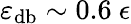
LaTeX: \varepsilon_{\mathrm{db}}\sim 0.6~\epsilon